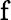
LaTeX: \mathrm{f}